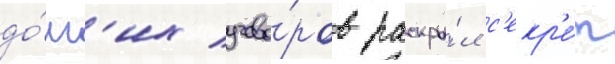
до́лг'их угово́ров раскры́л с'екр'е́т